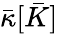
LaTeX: \bar{\kappa}[\bar{K}]